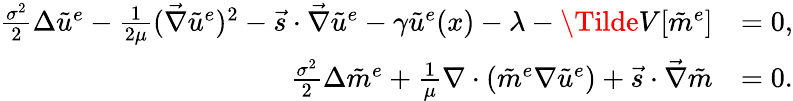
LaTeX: \begin{array}{rl}{\frac{\sigma^{2}}{2}\Delta{\tilde{u}^{e}}-\frac{1}{2\mu}(\vec{\nabla}\tilde{u}^{e})^{2}-\vec{s}\cdot\vec{\nabla}\tilde{u}^{e}-\gamma\tilde{u}^{e}(x)-\lambda-\Tilde{V}[\tilde{m}^{e}]}&{=0,}\\ {\frac{\sigma^{2}}{2}\Delta\tilde{m}^{e}+\frac{1}{\mu}\nabla\cdot(\tilde{m}^{e}\nabla\tilde{u}^{e})+\vec{s}\cdot\vec{\nabla}\tilde{m}}&{=0.}\end{array}